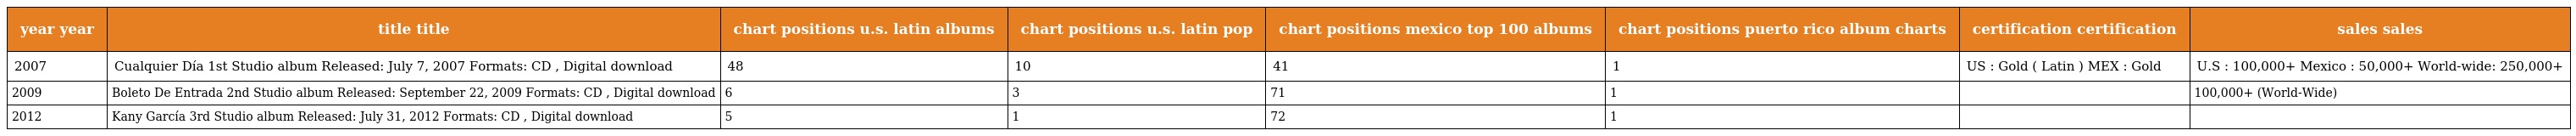
| year year | title title | chart positions u.s. latin albums | chart positions u.s. latin pop | chart positions mexico top 100 albums | chart positions puerto rico album charts | certification certification | sales sales |
 | --- | --- | --- | --- | --- | --- | --- | --- |
 | 2007 | Cualquier Día 1st Studio album Released: July 7, 2007 Formats: CD , Digital download | 48 | 10 | 41 | 1 | US : Gold ( Latin ) MEX : Gold | U.S : 100,000+ Mexico : 50,000+ World-wide: 250,000+ |
 | 2009 | Boleto De Entrada 2nd Studio album Released: September 22, 2009 Formats: CD , Digital download | 6 | 3 | 71 | 1 |  | 100,000+ (World-Wide) |
 | 2012 | Kany García 3rd Studio album Released: July 31, 2012 Formats: CD , Digital download | 5 | 1 | 72 | 1 |  |  |